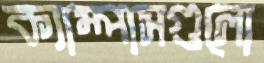
ক্যাম্পাসগুলো